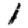
Digit: 1